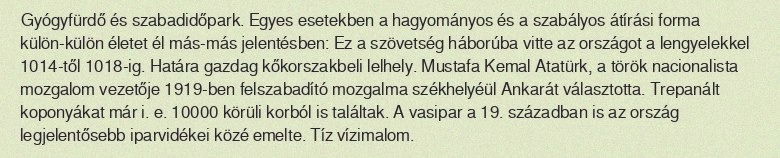
Gyógyfürdő és szabadidőpark. Egyes esetekben a hagyományos és a szabályos átírási forma külön-külön életet él más-más jelentésben: Ez a szövetség háborúba vitte az országot a lengyelekkel 1014-től 1018-ig. Határa gazdag kőkorszakbeli lelhely. Mustafa Kemal Atatürk, a török nacionalista mozgalom vezetője 1919-ben felszabadító mozgalma székhelyéül Ankarát választotta. Trepanált koponyákat már i. e. 10000 körüli korból is találtak. A vasipar a 19. században is az ország legjelentősebb iparvidékei közé emelte. Tíz vízimalom.